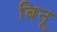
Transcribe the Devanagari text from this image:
बिनू